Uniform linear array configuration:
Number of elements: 4
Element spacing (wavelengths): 0.25
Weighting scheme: exponential
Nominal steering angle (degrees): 0
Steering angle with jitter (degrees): -1.961
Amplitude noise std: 0.05
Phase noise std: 0.05

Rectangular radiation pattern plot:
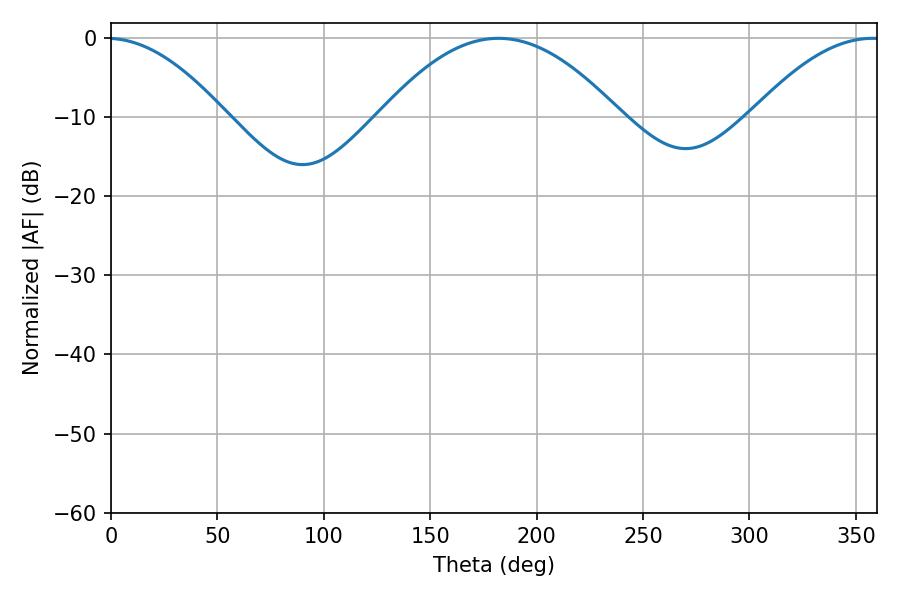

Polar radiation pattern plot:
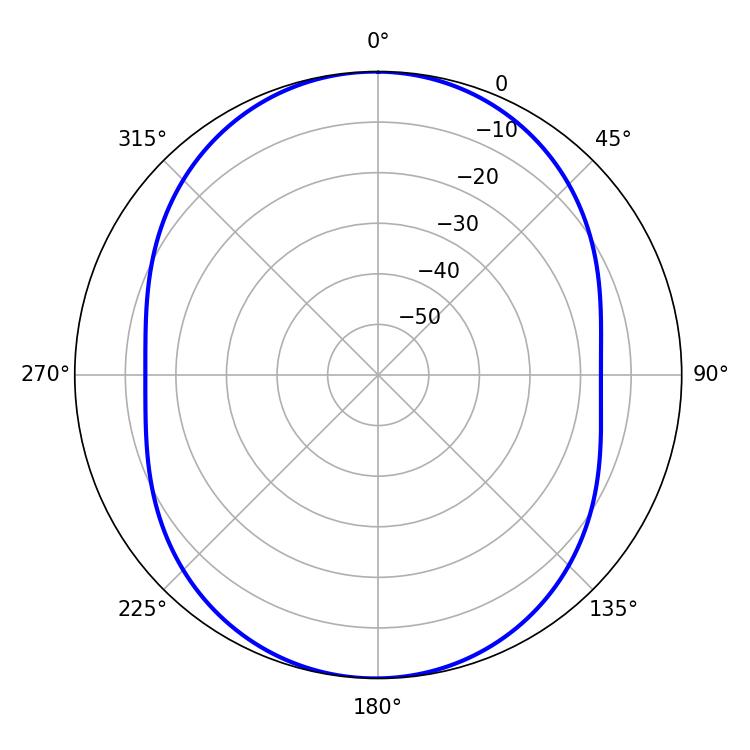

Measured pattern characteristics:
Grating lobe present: FALSE
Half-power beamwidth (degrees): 61.74
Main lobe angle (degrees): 182.16